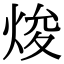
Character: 焌